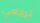
ترجعي